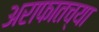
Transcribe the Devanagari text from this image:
अराफातच्या